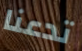
تدعنا